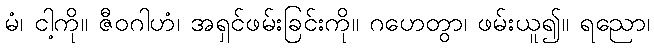
မံ၊ ငါ့ကို။ ဇီဝဂါဟံ၊ အရှင်ဖမ်းခြင်းကို။ ဂဟေတွာ၊ ဖမ်းယူ၍။ ရညော၊